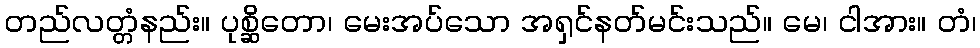
တည်လတ္တံနည်း။ ပုစ္ဆိတော၊ မေးအပ်သော အရှင်နတ်မင်းသည်။ မေ၊ ငါအား။ တံ၊